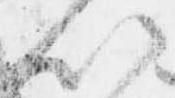
以